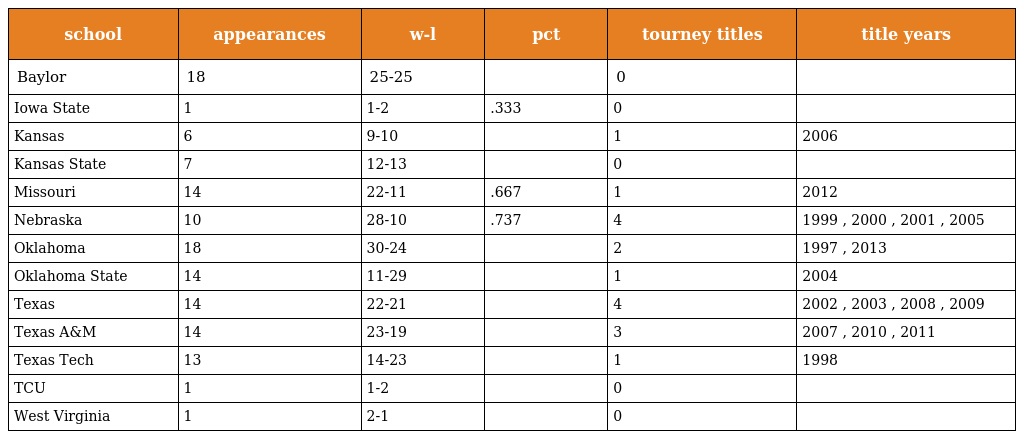
| school | appearances | w-l | pct | tourney titles | title years |
 | --- | --- | --- | --- | --- | --- |
 | Baylor | 18 | 25-25 |  | 0 |  |
 | Iowa State | 1 | 1-2 | .333 | 0 |  |
 | Kansas | 6 | 9-10 |  | 1 | 2006 |
 | Kansas State | 7 | 12-13 |  | 0 |  |
 | Missouri | 14 | 22-11 | .667 | 1 | 2012 |
 | Nebraska | 10 | 28-10 | .737 | 4 | 1999 , 2000 , 2001 , 2005 |
 | Oklahoma | 18 | 30-24 |  | 2 | 1997 , 2013 |
 | Oklahoma State | 14 | 11-29 |  | 1 | 2004 |
 | Texas | 14 | 22-21 |  | 4 | 2002 , 2003 , 2008 , 2009 |
 | Texas A&M | 14 | 23-19 |  | 3 | 2007 , 2010 , 2011 |
 | Texas Tech | 13 | 14-23 |  | 1 | 1998 |
 | TCU | 1 | 1-2 |  | 0 |  |
 | West Virginia | 1 | 2-1 |  | 0 |  |